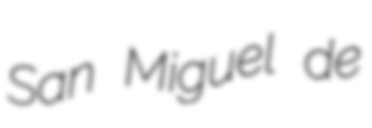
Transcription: San Miguel de